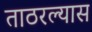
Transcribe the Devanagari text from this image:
ताठरल्यास